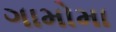
ગામોમા